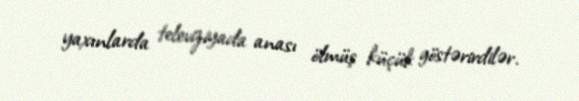
yaxınlarda televiziyada anası ölmüş küçük göstərirdilər.